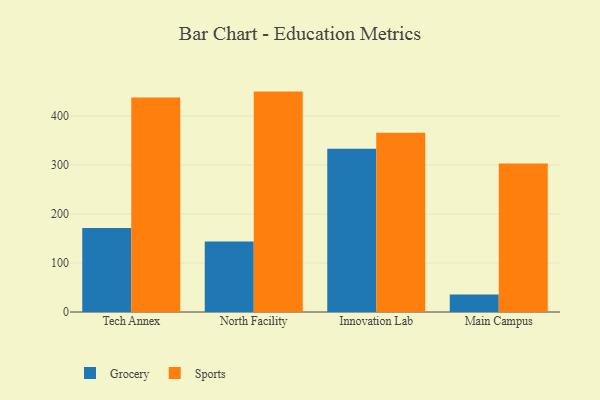
{"axis": {"x": "Campus", "y": "Bounce Rate (%)"}, "legend": ["Grocery", "Sports"], "data": [{"x": "Tech Annex", "y": 171.5, "type": "Grocery"}, {"x": "Tech Annex", "y": 438.3, "type": "Sports"}, {"x": "North Facility", "y": 144.2, "type": "Grocery"}, {"x": "North Facility", "y": 450.1, "type": "Sports"}, {"x": "Innovation Lab", "y": 333.6, "type": "Grocery"}, {"x": "Innovation Lab", "y": 366.2, "type": "Sports"}, {"x": "Main Campus", "y": 35.7, "type": "Grocery"}, {"x": "Main Campus", "y": 303.4, "type": "Sports"}]}